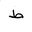
Letter: _da